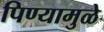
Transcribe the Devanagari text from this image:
पिण्यामुळे